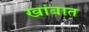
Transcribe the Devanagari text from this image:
खांबात